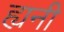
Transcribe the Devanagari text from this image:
ह्यनी